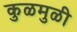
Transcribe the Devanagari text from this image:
कुळमुळी